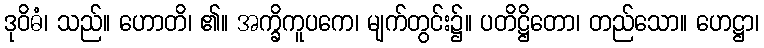
ဒုဝိဓံ၊ သည်။ ဟောတိ၊ ၏။ အက္ခိကူပကေ၊ မျက်တွင်း၌။ ပတိဋ္ဌိတော၊ တည်သော။ ဟေဋ္ဌာ၊